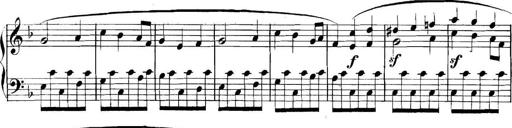
Title: Collected Piano Sonatas
Composer: Muzio Clementi